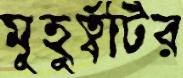
মুহুর্ত্বটির